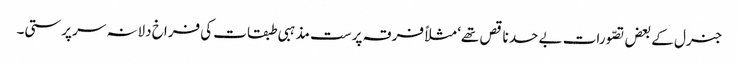
جنرل کے بعض تصّورات بے حد ناقص تھے‘ مثلاً فرقہ پرست مذہبی طبقات کی فراخ دلانہ سرپرستی۔